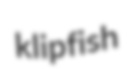
klipfish